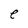
Character: e